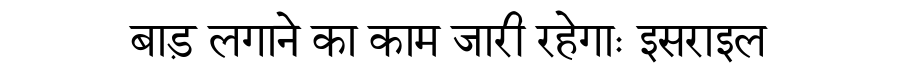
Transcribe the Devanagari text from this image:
बाड़ लगाने का काम जारी रहेगाः इसराइल